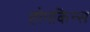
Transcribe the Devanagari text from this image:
होपकिन्स